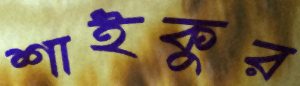
শাইকুর